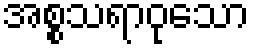
အစ္စသရာဝုသော